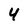
Character: 4